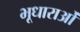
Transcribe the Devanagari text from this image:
भूधाराओं